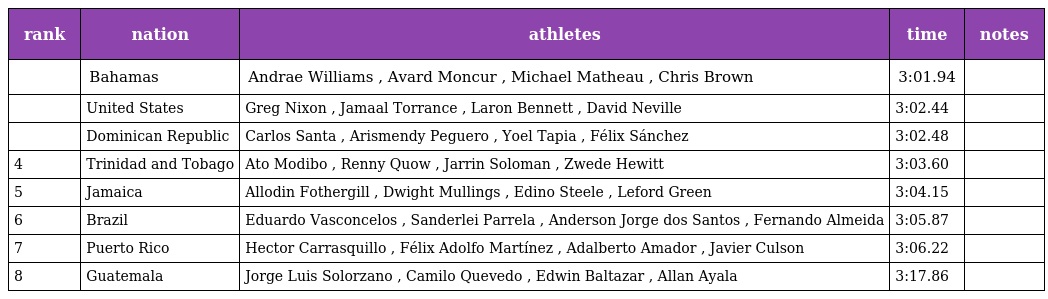
| rank | nation | athletes | time | notes |
 | --- | --- | --- | --- | --- |
 |  | Bahamas | Andrae Williams , Avard Moncur , Michael Matheau , Chris Brown | 3:01.94 |  |
 |  | United States | Greg Nixon , Jamaal Torrance , Laron Bennett , David Neville | 3:02.44 |  |
 |  | Dominican Republic | Carlos Santa , Arismendy Peguero , Yoel Tapia , Félix Sánchez | 3:02.48 |  |
 | 4 | Trinidad and Tobago | Ato Modibo , Renny Quow , Jarrin Soloman , Zwede Hewitt | 3:03.60 |  |
 | 5 | Jamaica | Allodin Fothergill , Dwight Mullings , Edino Steele , Leford Green | 3:04.15 |  |
 | 6 | Brazil | Eduardo Vasconcelos , Sanderlei Parrela , Anderson Jorge dos Santos , Fernando Almeida | 3:05.87 |  |
 | 7 | Puerto Rico | Hector Carrasquillo , Félix Adolfo Martínez , Adalberto Amador , Javier Culson | 3:06.22 |  |
 | 8 | Guatemala | Jorge Luis Solorzano , Camilo Quevedo , Edwin Baltazar , Allan Ayala | 3:17.86 |  |